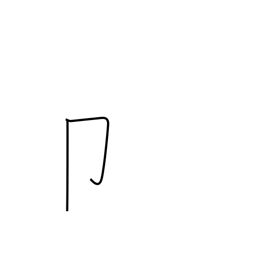
Meaning: seal radical (no. 26)